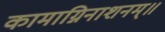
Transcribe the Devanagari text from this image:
कामाग्निनाशनम्॥